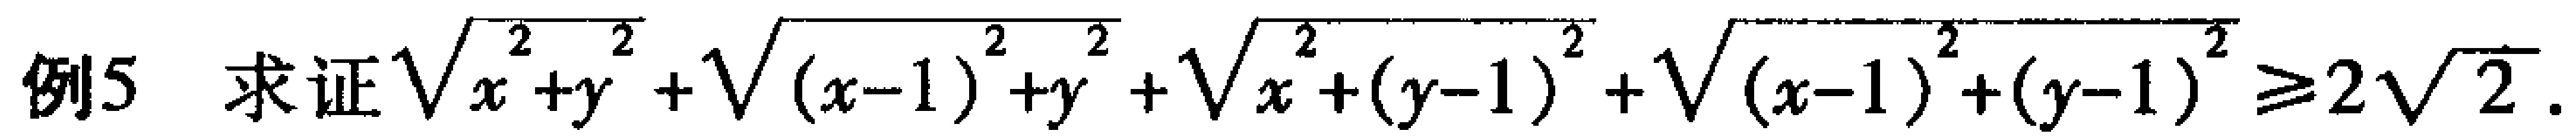
例5 求证\(\sqrt{x^{2}+y^{2}}+\sqrt{(x - 1)^{2}+y^{2}}+\sqrt{x^{2}+(y - 1)^{2}}+\sqrt{(x - 1)^{2}+(y - 1)^{2}}\geqslant2\sqrt{2}\)。